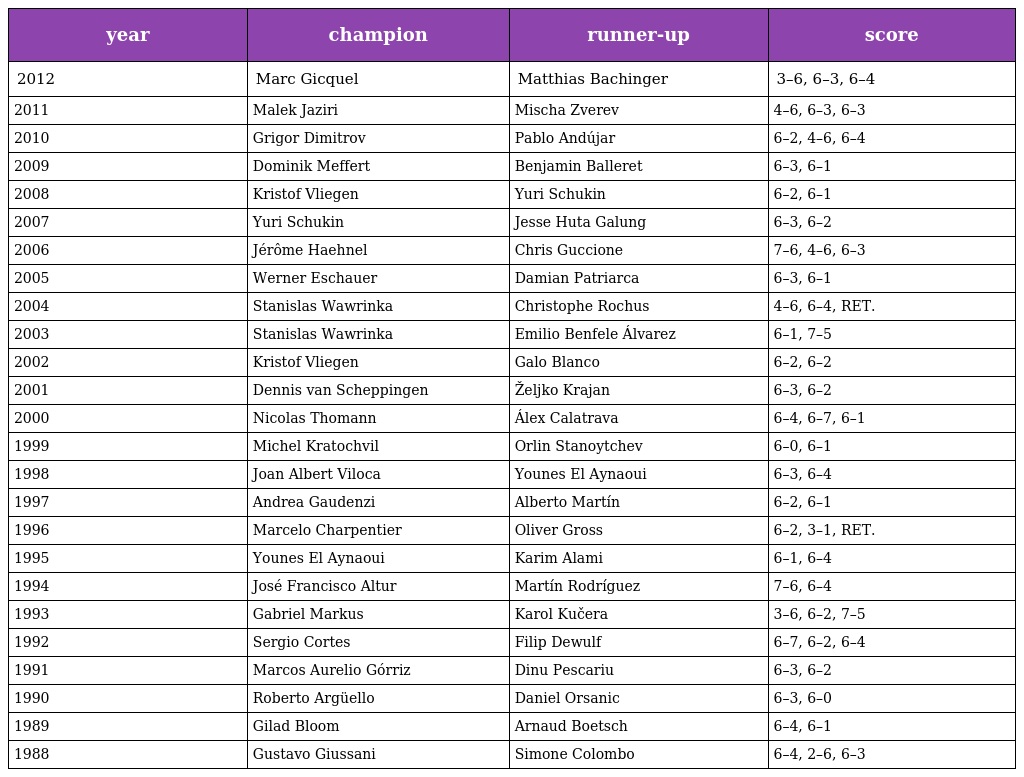
| year | champion | runner-up | score |
 | --- | --- | --- | --- |
 | 2012 | Marc Gicquel | Matthias Bachinger | 3–6, 6–3, 6–4 |
 | 2011 | Malek Jaziri | Mischa Zverev | 4–6, 6–3, 6–3 |
 | 2010 | Grigor Dimitrov | Pablo Andújar | 6–2, 4–6, 6–4 |
 | 2009 | Dominik Meffert | Benjamin Balleret | 6–3, 6–1 |
 | 2008 | Kristof Vliegen | Yuri Schukin | 6–2, 6–1 |
 | 2007 | Yuri Schukin | Jesse Huta Galung | 6–3, 6–2 |
 | 2006 | Jérôme Haehnel | Chris Guccione | 7–6, 4–6, 6–3 |
 | 2005 | Werner Eschauer | Damian Patriarca | 6–3, 6–1 |
 | 2004 | Stanislas Wawrinka | Christophe Rochus | 4–6, 6–4, RET. |
 | 2003 | Stanislas Wawrinka | Emilio Benfele Álvarez | 6–1, 7–5 |
 | 2002 | Kristof Vliegen | Galo Blanco | 6–2, 6–2 |
 | 2001 | Dennis van Scheppingen | Željko Krajan | 6–3, 6–2 |
 | 2000 | Nicolas Thomann | Álex Calatrava | 6–4, 6–7, 6–1 |
 | 1999 | Michel Kratochvil | Orlin Stanoytchev | 6–0, 6–1 |
 | 1998 | Joan Albert Viloca | Younes El Aynaoui | 6–3, 6–4 |
 | 1997 | Andrea Gaudenzi | Alberto Martín | 6–2, 6–1 |
 | 1996 | Marcelo Charpentier | Oliver Gross | 6–2, 3–1, RET. |
 | 1995 | Younes El Aynaoui | Karim Alami | 6–1, 6–4 |
 | 1994 | José Francisco Altur | Martín Rodríguez | 7–6, 6–4 |
 | 1993 | Gabriel Markus | Karol Kučera | 3–6, 6–2, 7–5 |
 | 1992 | Sergio Cortes | Filip Dewulf | 6–7, 6–2, 6–4 |
 | 1991 | Marcos Aurelio Górriz | Dinu Pescariu | 6–3, 6–2 |
 | 1990 | Roberto Argüello | Daniel Orsanic | 6–3, 6–0 |
 | 1989 | Gilad Bloom | Arnaud Boetsch | 6–4, 6–1 |
 | 1988 | Gustavo Giussani | Simone Colombo | 6–4, 2–6, 6–3 |